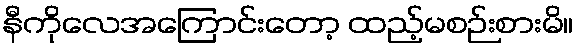
နီကိုလေအကြောင်းတော့ ထည့်မစဉ်းစားမိ။